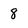
Character: 8